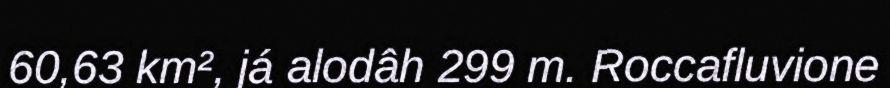
60,63 km², já alodâh 299 m. Roccafluvione